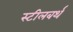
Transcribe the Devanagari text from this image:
स्टीलबर्थ